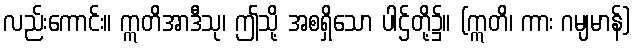
လည်းကောင်း။ ဣတိအာဒီသု၊ ဤသို့ အစရှိသော ပါဌ်တို့၌။ (ဣတိ၊ ကား ဂမျမာန်)